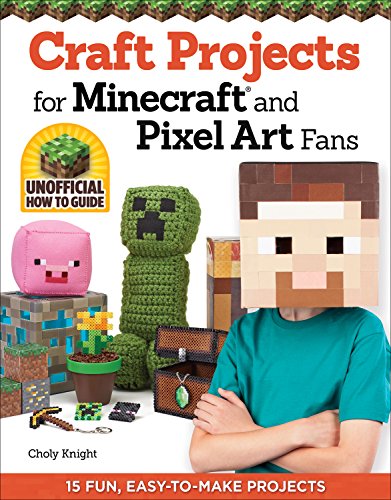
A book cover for Craft Projects for Minecraft(R) and Pixel Art Fans: 15 Fun, Easy-to-Make Projects; Choly Knight; Crafts, Hobbies & Home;